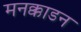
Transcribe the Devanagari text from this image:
मनक्काडन